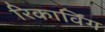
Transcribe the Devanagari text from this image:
रिकार्विंग